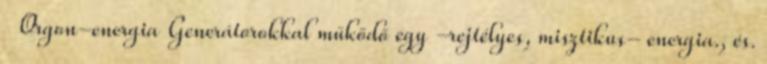
Orgon-energia Generátorokkal működő egy -rejtélyes, misztikus- energia., és.